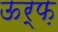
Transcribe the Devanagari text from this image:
ऊर्फ़